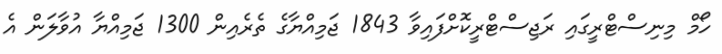
ހޯމް މިނިސްޓްރީގައި ރަޖިސްޓްރީކޮށްފައިވާ 1843 ޖަމިއްޔާގެ ތެރެއިން 1300 ޖަމިއްޔާ އުވާލަން އެ